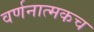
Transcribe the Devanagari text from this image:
वर्णनात्मकच